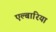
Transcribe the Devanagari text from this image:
एल्बारिया